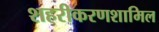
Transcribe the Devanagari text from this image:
शहरीकरणशामिल